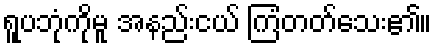
ရူပဘုံကိုမူ အနည်းငယ် ကြံတတ်သေး၏။